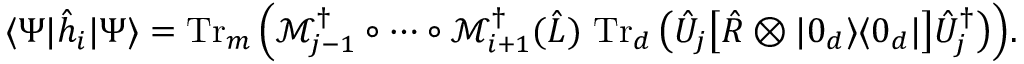
\langle \Psi | \hat { h } _ { i } | \Psi \rangle = \operatorname { T r } _ { m } \Big ( \mathcal { M } _ { j - 1 } ^ { \dag } \circ \dotsb \circ \mathcal { M } _ { i + 1 } ^ { \dag } ( \hat { L } ) \, \operatorname { T r } _ { d } \big ( \hat { U } _ { j } \big [ \hat { R } \otimes | 0 _ { d } \rangle \langle 0 _ { d } | \big ] \hat { U } _ { j } ^ { \dag } \big ) \Big ) .